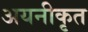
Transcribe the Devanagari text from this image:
अयनीकृत